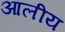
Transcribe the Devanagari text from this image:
आलीय